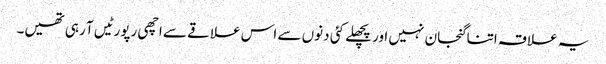
یہ علاقہ اتنا گنجان نہیں اور پچھلے کئی دنوں سے اس علاقے سے اچھی رپورٹیں آ رہی تھیں۔